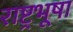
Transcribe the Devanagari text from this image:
राष्ट्रभूषा